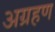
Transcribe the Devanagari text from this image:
अग्रहण